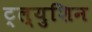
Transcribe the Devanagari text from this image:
ट्ल्युशिन